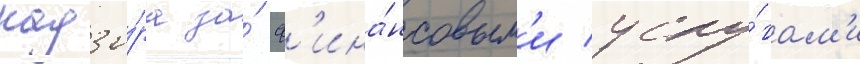
надзо́ра за́ ф'ина́нсовым'и услу́гам'и